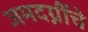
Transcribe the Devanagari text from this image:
जमदग्नींचे